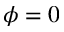
\phi = 0